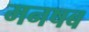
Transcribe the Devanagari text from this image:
मनषब